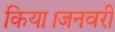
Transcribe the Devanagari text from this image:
किया।जनवरी